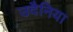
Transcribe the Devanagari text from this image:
उदैनिया